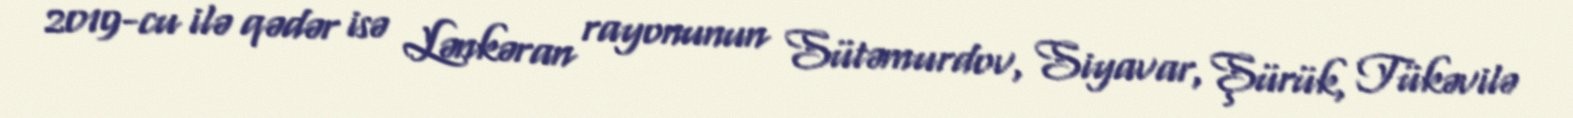
2019-cu ilə qədər isə Lənkəran rayonunun Sütəmurdov, Siyavar, Şürük, Tükəvilə